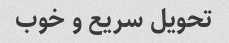
تحویل سریع و خوب